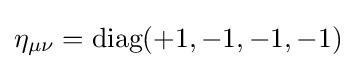
\eta _{\mu \nu }={\text{diag}}(+1,-1,-1,-1)